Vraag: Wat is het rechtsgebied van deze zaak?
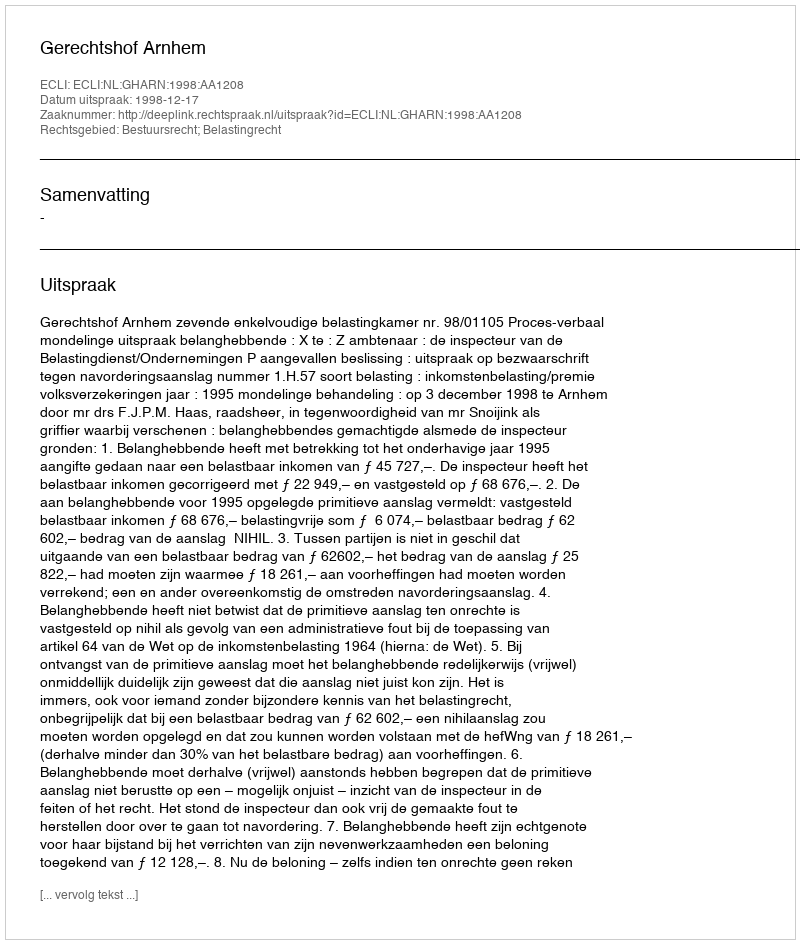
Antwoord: Bestuursrecht; Belastingrecht